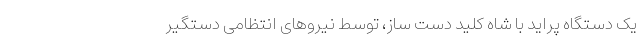
یک دستگاه پراید با شاه کلید دست ساز، توسط نیرو‌های انتظامی دستگیر